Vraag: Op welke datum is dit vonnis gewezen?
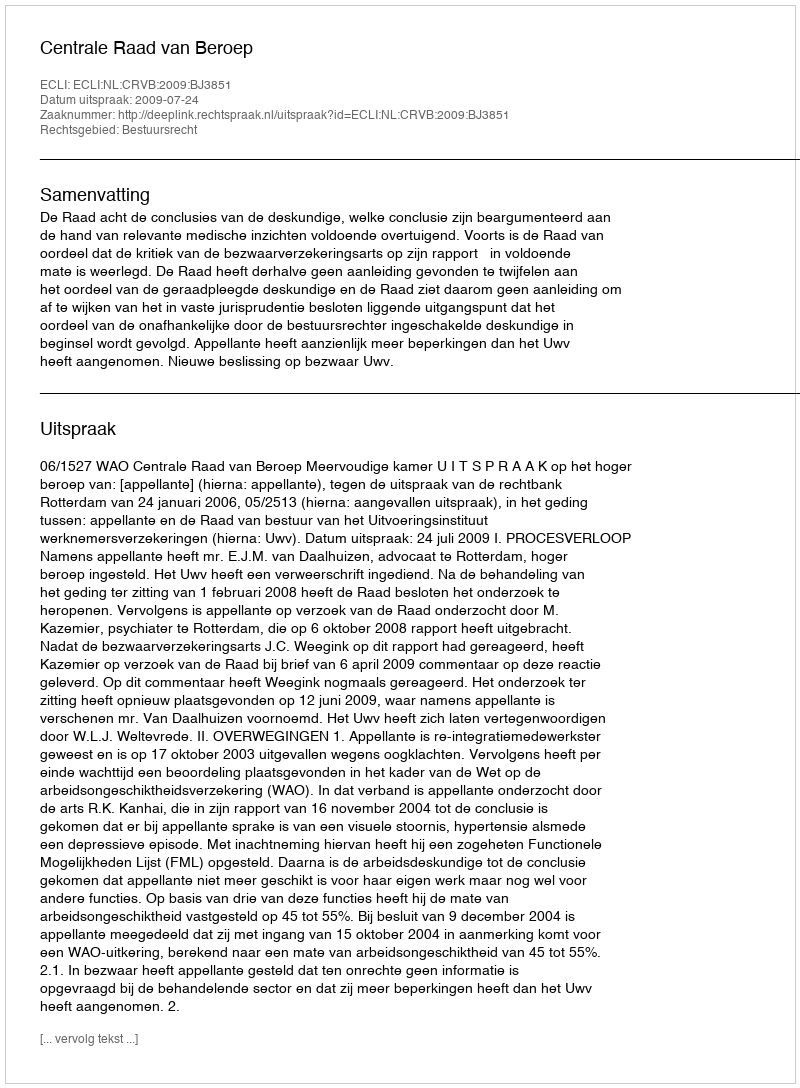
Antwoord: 2009-07-24